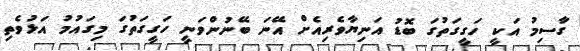
ގަާސިމު އަކީ ހަގީގަތުގަ ބޮޑު އަނިޔާވެރިއެށް އޭނަ ބޭނުންވަނީ ހަގީގަތުގަ މިގައުމު އަޅުވެތި